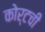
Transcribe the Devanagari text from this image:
कोर्टची